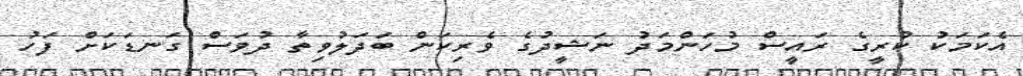
އެކަމަކު ކުރީގެ ރައީސް މުހަންމަދު ނަޝީދުގެ ވެރިކަން ބަދަލުވިތާ ދުވަސް ގަނޑަކަށް ފަހު